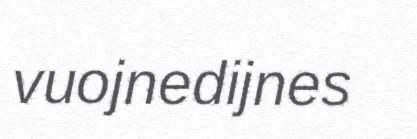
vuojnedijnes